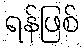
ရန်ဖြစ်